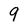
Character: 9